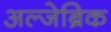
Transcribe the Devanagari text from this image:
अल्जेब्रिक